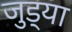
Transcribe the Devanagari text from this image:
जुड्या